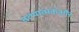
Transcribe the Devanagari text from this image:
तत्थ्यात्मकऔर